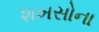
શખસોના